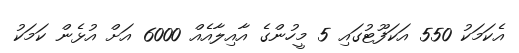
އެކަމަކު 550 އަކަފޫޓުގައި 5 މީހުންގެ އާއިލާއެއް 6000 އަށް އުޅެން ކަމަކު